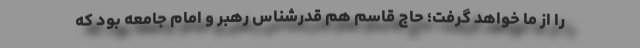
را از ما خواهد گرفت؛ حاج قاسم هم قدرشناس رهبر و امام جامعه بود که